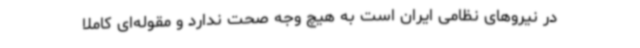
در نیروهای نظامی ایران است به هیچ وجه صحت ندارد و مقوله‌ای کاملا